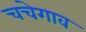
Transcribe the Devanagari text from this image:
चचेगाव